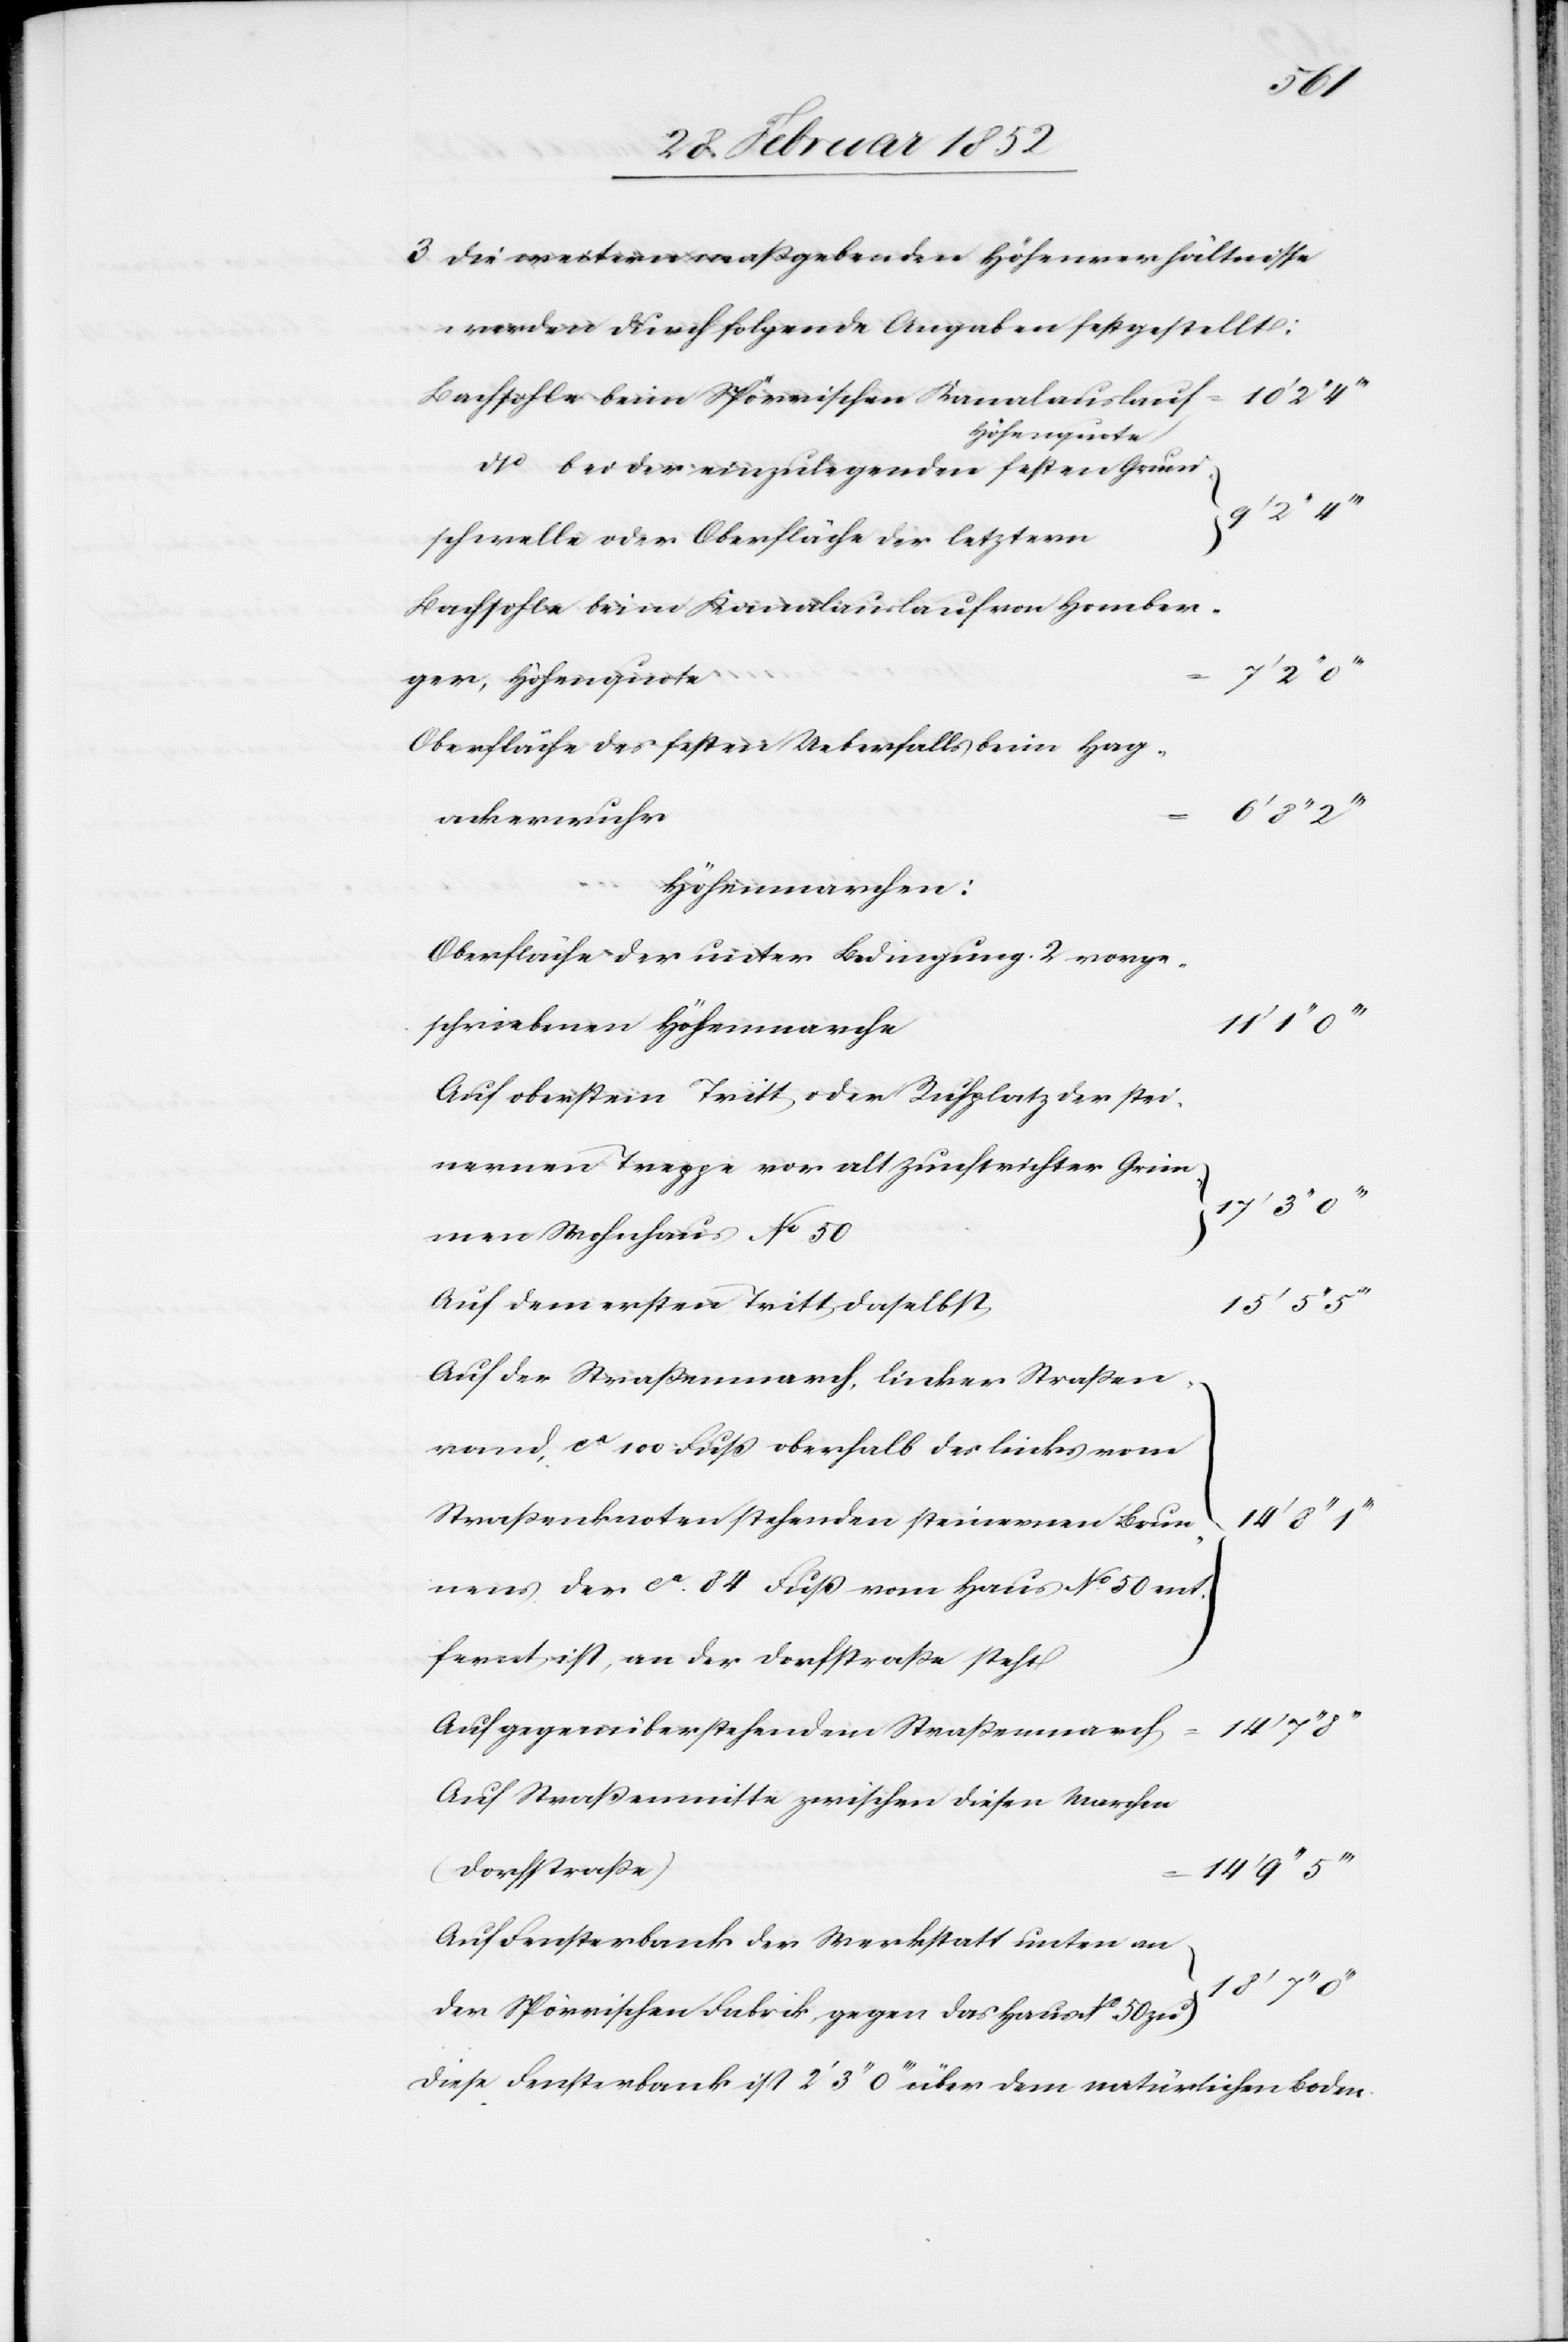
3) Die weitern maßgebenden Höhenverhältnisse
werden nach folgende[n] Angaben festgestellt:
Bachsohle beim Spörrischen Kanalauslauf
Höhenquote
dto bei der einzulegenden festen Grund¬
schwelle oder Oberfläche der letztern
Bachsohle beim Kanalauslauf von Homber¬
ger, Höhenquote
Oberfläche des festen Ueberfalls beim Hag¬
ackerwuhr
Höhenmarchen:
Oberfläche der unter Bedingung 2 vorge¬
schriebenen Höhenmarche
Auf oberstem Tritt oder Ruhplatz der stei¬
nernen Treppe vor alt Zunftrichter Grim¬
men Wohnhaus No 50
Auf dem ersten Tritt daselbst
15’ 5’’
Auf der Straßenmarch, linker Straßen¬
rand, ca 100 Fuß oberhalb des links vom
Straßenknoten stehenden steinernen Brun¬
nens der ca 84 Fuß vom Haus No 50 ent¬
fernt ist, an der Dorfstraße steht
}
Auf gegenüberstehendem Straßenmarch
Auf Straßenmitte zwischen dieser Marchen
(Dorfstraße)
Auf Fensterbank der Werkstatt unten an
18’ 7’’
der Spörrischen Fabrick, gegen das Haus No 50 zu
Diese Fensterbank ist 2’ 3’’ 0’’’ über dem natürlichen Boden